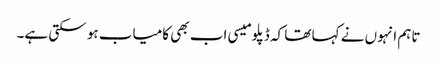
تاہم انہوں نے کہا تھا کہ ڈپلومیسی اب بھی کامیاب ہو سکتی ہے۔